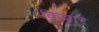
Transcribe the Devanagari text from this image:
किबार